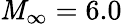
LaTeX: \mathit{M}_{\infty}=6.0